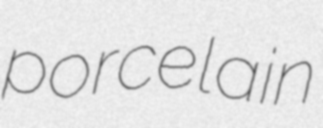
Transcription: porcelain